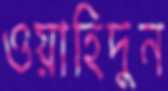
ওয়াহিদুন